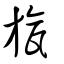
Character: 旊